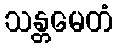
သန္တမေတံ